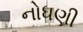
નોધણી